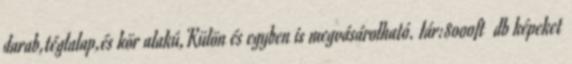
darab,téglalap,és kör alakú,Külön és egyben is megvásárolható. Iár:8000ft db képeket